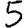
Digit: 5